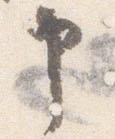
申